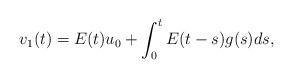
LaTeX: \begin{align*} v_1(t) = E(t)u_0 + \int_0^t E(t-s) g(s) ds, \end{align*}